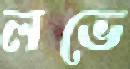
লভে